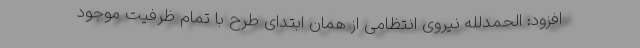
افزود: الحمدلله نیروی انتظامی از همان ابتدای طرح با تمام ظرفیت موجود